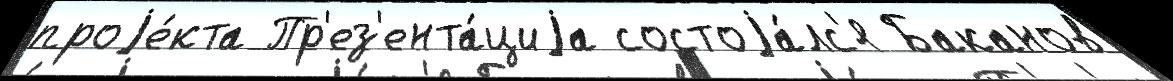
проjе́кта Пр'ез'ента́циjа состоjа́лс'я Баканов